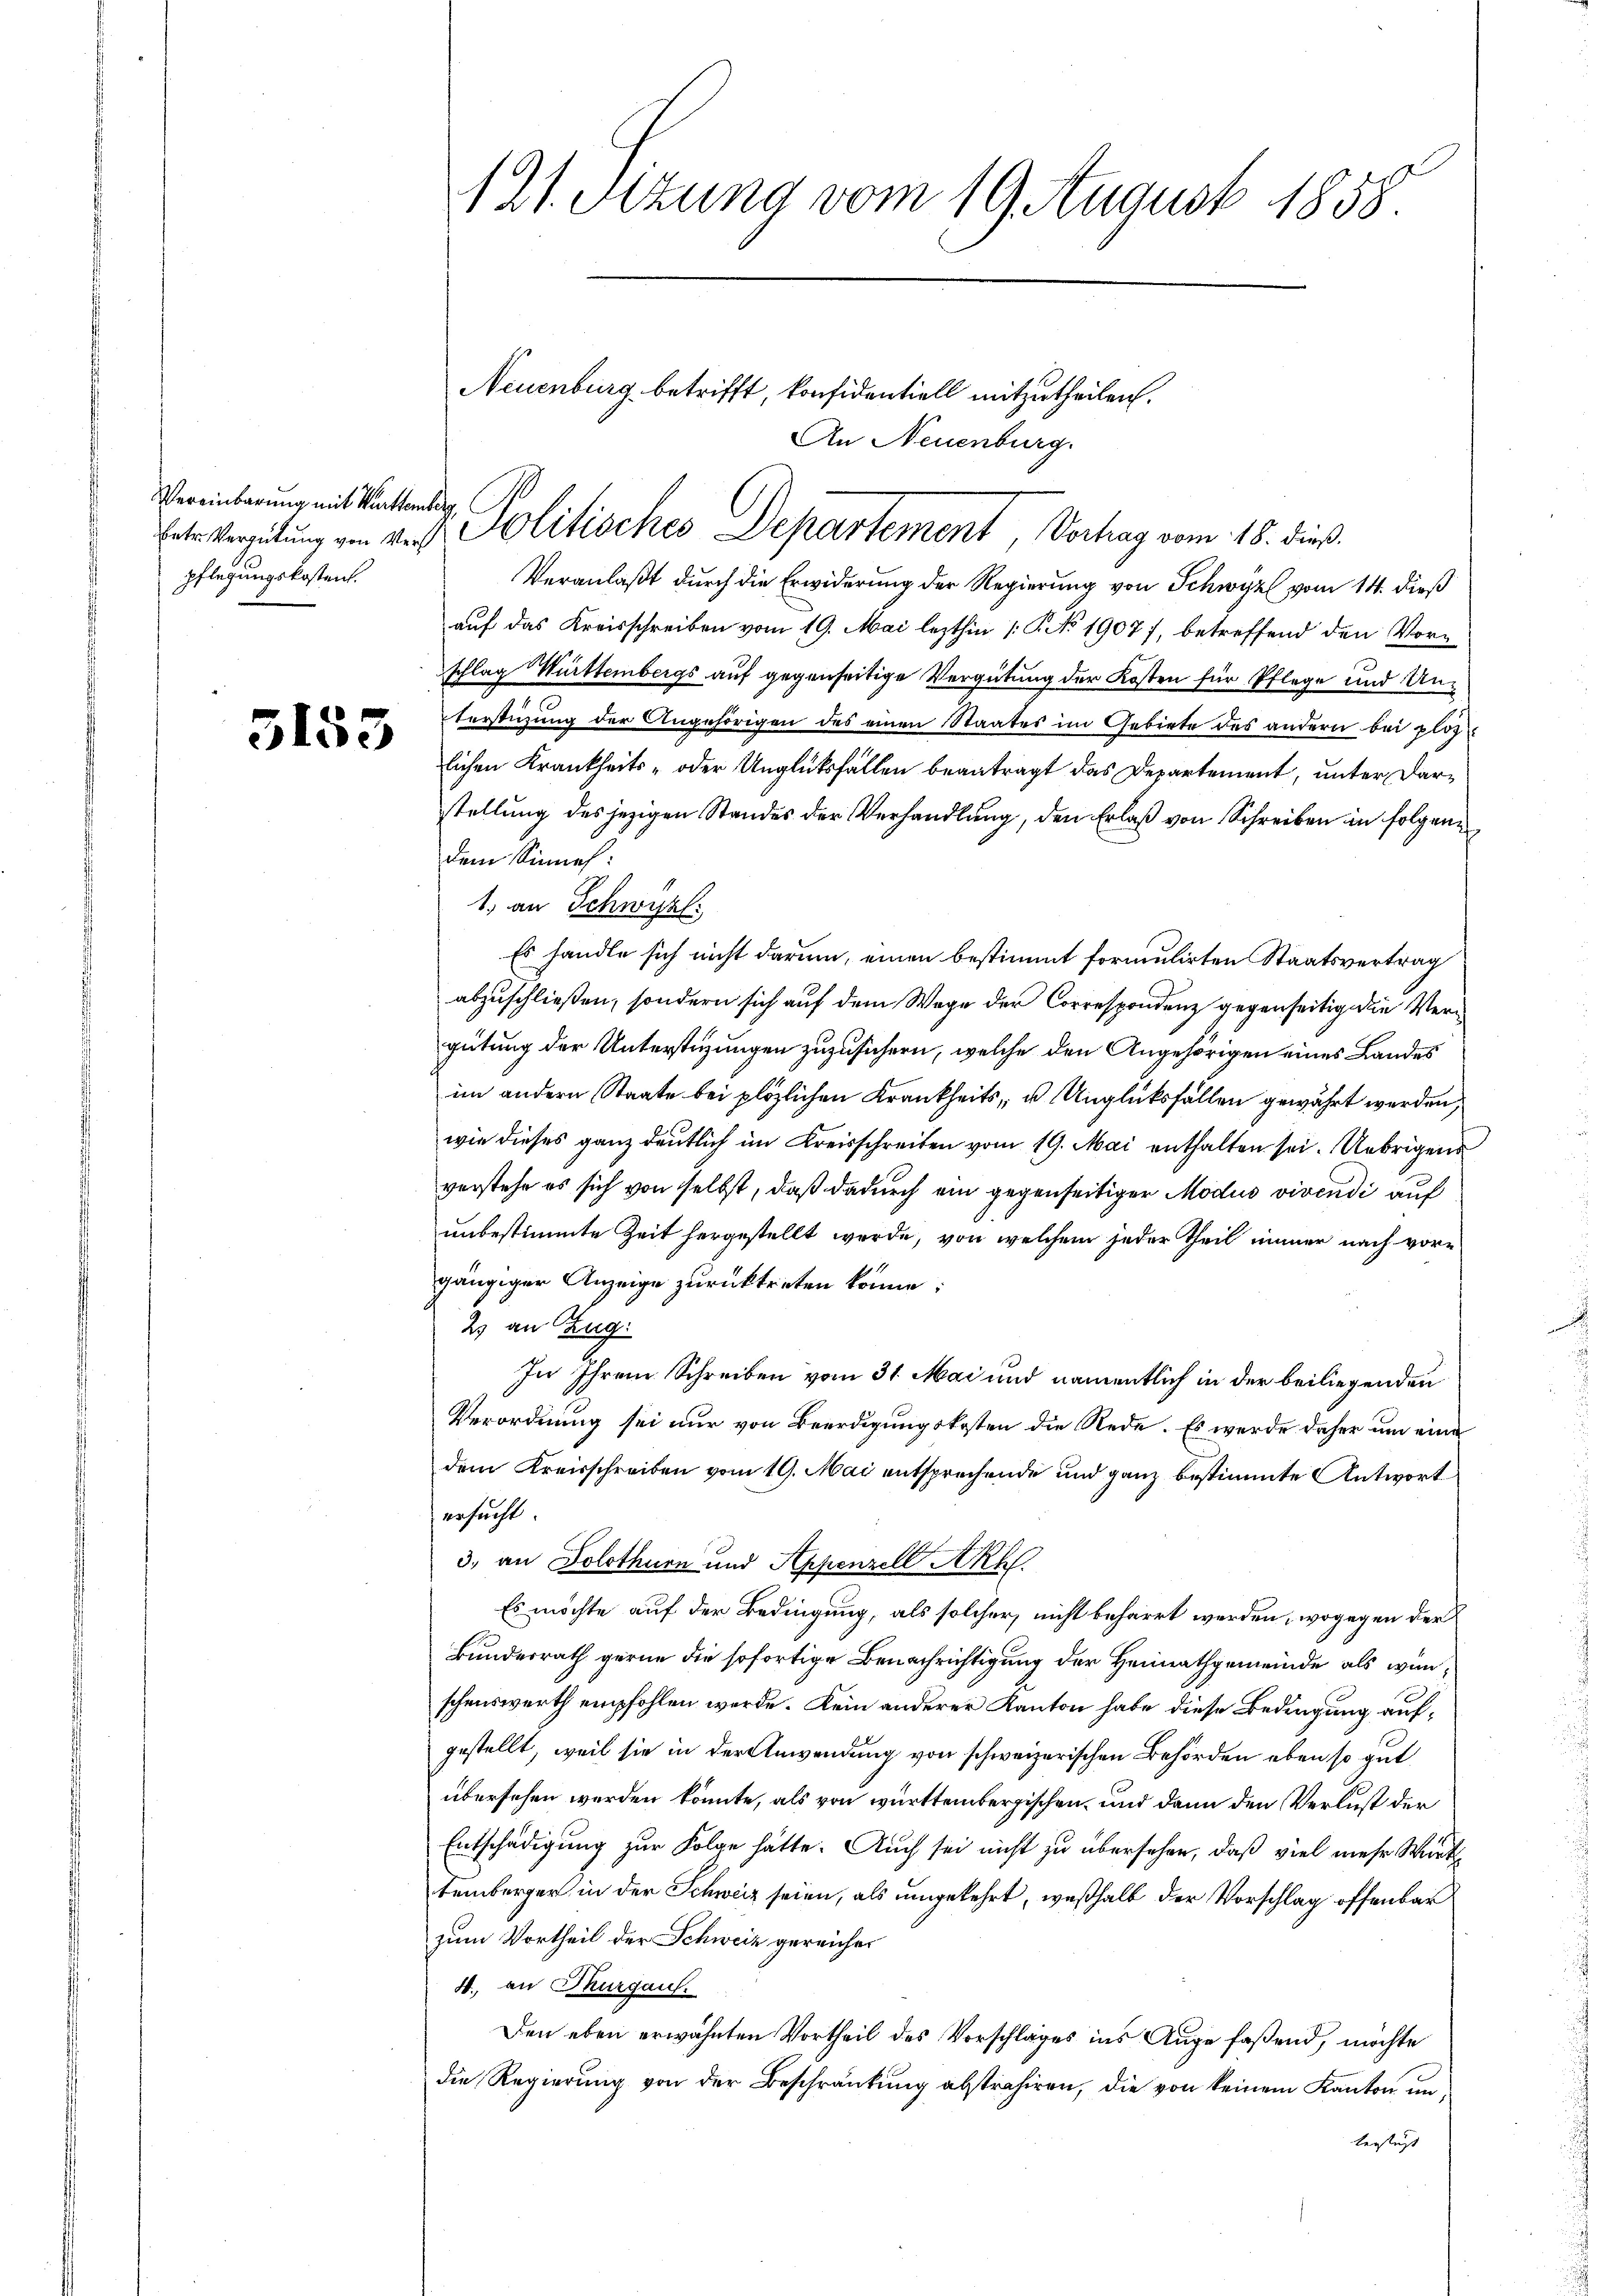
Vereinbarung mit Württember
pflegungskostent.

3155

121. Sitzung vom 19. August 1858.

Veranlaßt durch die Erwiderung der Regierung von Schwyz vom 14. dieß
auf das Kreisschreiben vom 19. Mai lezthin 1. No 19077, betreffend den Vorschlag Württembergs auf gegenseitige Vergütung der Kosten für Pflege und Unterstüzung der Angehörigen des einen Staates im Gebiete des andern bei plos
lichen Krankheits- oder Unglüksfällen beantragt das Departement, unter Darstellung des jezigen Standes der Verhandlung, den Erlaß von Schreiben in folgen
dem Sinne:
1. an Schwyzl:
Es handle sich nicht darum, einen bestimmt formulirten Staatsvertrag
abzuschließen, sondern sich auf dem Wege der Correspondenz gegenseitig die Vergütung der Unterstüzungen zuzusichern, welche den Angehörigen eines Landes
im andern Staate bei plözlichen Krankheits, u. Unglücksfällen gewährt werden,
wie dieses ganz deutlich im Kreisschreiben vom 19. Mai enthalten sei. Uebrigens
verstehe es sich von selbst, daß dadurch ein gegenseitiger Modus vivendi auf
unbestimmte Zeit hergestellt werde, von welchem jeder Theil immer nach vorgängiger Anzeige zurücktreten könne;
2 an Zug:
In Ihrem Schreiben vom 31. Mai und namentlich in der beiliegenden
Verordnung sei nur von Beerdigungskosten die Rede. Es werde daher um eine
dem Kreisschreiben vom 19. Mai entsprechende und ganz bestimmte Antwort
ersucht.
3. an Solothurn und Appenzell Akh.
Es möchte auf der Bedingung, als solcher, nicht beharrt werden, wogegen der
Bundesrath gerne die sofortige Benachrichtigung der Heimathgemeinde als wünschenswerth empfohlen werde. Kein anderer Kanton habe diese Bedingung aufgestellt, weil sie in der Anwendung von schweizerischen Behörden eben so gut
übersehen werden könnte, als von württembergischen, und dann den Verlust der
Entschädigung zur Folge hätte. Auch sei nicht zu übersehen, daß viel mehr Wirk
temberger in der Schweiz seien, als umgekehrt, weßhalb der Vorschlag offenbar
zum Vortheil der Schweiz gereicher
4. an Thurgau.
Den eben erwähnten Vortheil des Vorschlages ins Auge faßend, möchte
die Regierung von der Beschränkung abstrahiren, die von keinem Kanton untersteht

etr Vergütung von der Solitisches Departement, Vorhag vom 18. dieß.

Neuenburg betrifft, konfidentiell mitzutheilen.
An Neuenburg.